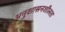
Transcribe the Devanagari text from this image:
अनुशासनशीलता